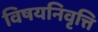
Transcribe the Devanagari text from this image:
विषयनिवृत्ति